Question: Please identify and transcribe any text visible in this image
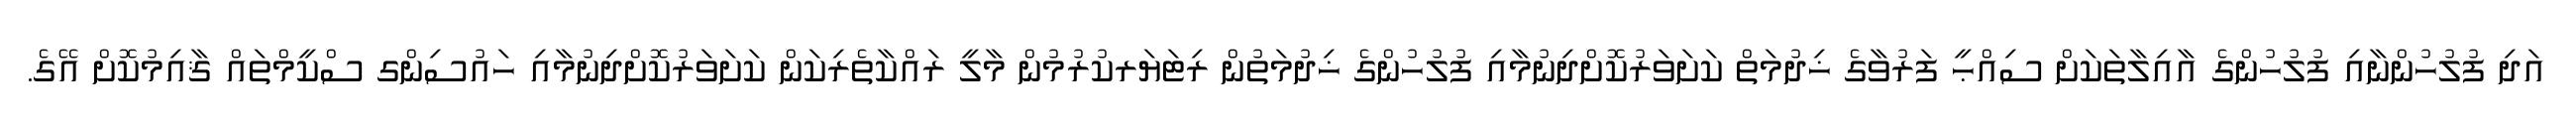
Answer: އަދި ފުލުހުންނާއި ފުލުހުންގެ އާއިލާތަކަށް ސިއްޙީ ފަރުވާގެ ޚިދުމަތް ކަށަވަރުކޮށްދިނުމާއި ފުލުހުންގެ ޚިދުމަތުން ރިޓަޔަރކުރުމުން މާލީ ރައްކާތެރިކަން ކަށަވަރުކޮށްދިނުމާއި ހައުސިންގ ސްކީމްތައް ޤާއިމުކޮށް އޭގެ.